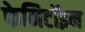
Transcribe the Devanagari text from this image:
फेनिटॉइन